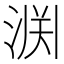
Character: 𫞘